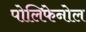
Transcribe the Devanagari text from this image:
पोलिफेनोल